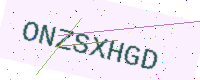
Text: ONZSXHGD